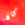
كان